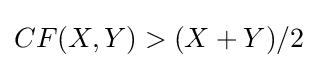
CF(X,Y)>(X+Y)/2